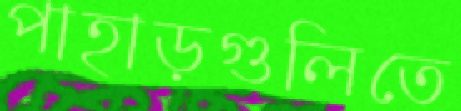
পাহাড়গুলিতে